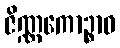
ဇိဏ္ဏကောဉ္စာဝ